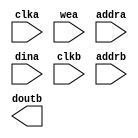
module BRAM(
	clka,
	wea,
	addra,
	dina,
	clkb,
	addrb,
	doutb);


input clka;
input [0 : 0] wea;
input [6 : 0] addra;
input [31 : 0] dina;
input clkb;
input [6 : 0] addrb;
output [31 : 0] doutb;

// synthesis translate_off

      BLK_MEM_GEN_V3_3 #(
		.C_ADDRA_WIDTH(7),
		.C_ADDRB_WIDTH(7),
		.C_ALGORITHM(1),
		.C_BYTE_SIZE(9),
		.C_COMMON_CLK(0),
		.C_DEFAULT_DATA("0"),
		.C_DISABLE_WARN_BHV_COLL(0),
		.C_DISABLE_WARN_BHV_RANGE(0),
		.C_FAMILY("virtex5"),
		.C_HAS_ENA(0),
		.C_HAS_ENB(0),
		.C_HAS_INJECTERR(0),
		.C_HAS_MEM_OUTPUT_REGS_A(0),
		.C_HAS_MEM_OUTPUT_REGS_B(0),
		.C_HAS_MUX_OUTPUT_REGS_A(0),
		.C_HAS_MUX_OUTPUT_REGS_B(0),
		.C_HAS_REGCEA(0),
		.C_HAS_REGCEB(0),
		.C_HAS_RSTA(0),
		.C_HAS_RSTB(0),
		.C_INITA_VAL("0"),
		.C_INITB_VAL("0"),
		.C_INIT_FILE_NAME("no_coe_file_loaded"),
		.C_LOAD_INIT_FILE(0),
		.C_MEM_TYPE(1),
		.C_MUX_PIPELINE_STAGES(0),
		.C_PRIM_TYPE(1),
		.C_READ_DEPTH_A(128),
		.C_READ_DEPTH_B(128),
		.C_READ_WIDTH_A(32),
		.C_READ_WIDTH_B(32),
		.C_RSTRAM_A(0),
		.C_RSTRAM_B(0),
		.C_RST_PRIORITY_A("CE"),
		.C_RST_PRIORITY_B("CE"),
		.C_RST_TYPE("SYNC"),
		.C_SIM_COLLISION_CHECK("ALL"),
		.C_USE_BYTE_WEA(0),
		.C_USE_BYTE_WEB(0),
		.C_USE_DEFAULT_DATA(1),
		.C_USE_ECC(0),
		.C_WEA_WIDTH(1),
		.C_WEB_WIDTH(1),
		.C_WRITE_DEPTH_A(128),
		.C_WRITE_DEPTH_B(128),
		.C_WRITE_MODE_A("READ_FIRST"),
		.C_WRITE_MODE_B("READ_FIRST"),
		.C_WRITE_WIDTH_A(32),
		.C_WRITE_WIDTH_B(32),
		.C_XDEVICEFAMILY("virtex5"))
	inst (
		.CLKA(clka),
		.WEA(wea),
		.ADDRA(addra),
		.DINA(dina),
		.CLKB(clkb),
		.ADDRB(addrb),
		.DOUTB(doutb),
		.RSTA(),
		.ENA(),
		.REGCEA(),
		.DOUTA(),
		.RSTB(),
		.ENB(),
		.REGCEB(),
		.WEB(),
		.DINB(),
		.INJECTSBITERR(),
		.INJECTDBITERR(),
		.SBITERR(),
		.DBITERR(),
		.RDADDRECC());


// synthesis translate_on

endmodule